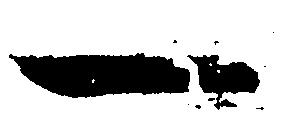
一